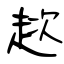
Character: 趑